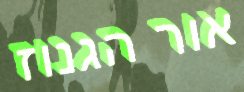
אור הגנוז